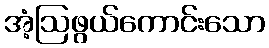
အံ့ဩဖွယ်ကောင်းသော